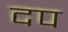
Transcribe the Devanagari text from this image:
दप